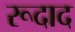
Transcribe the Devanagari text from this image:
रूदाद